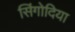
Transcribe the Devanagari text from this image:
सिंगोदिया